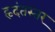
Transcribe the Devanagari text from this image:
हृदंतस्तर